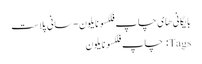
بایگانی‌های چاپ فلکسو نایلون - سانی پلاست
Tags: چاپ فلکسو نایلون